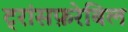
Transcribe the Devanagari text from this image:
ट्रांसफ़रेबिल